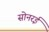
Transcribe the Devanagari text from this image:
सोनरई